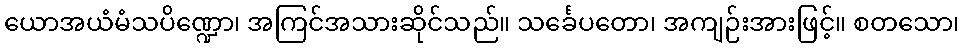
ယောအယံမံသပိဏ္ဍော၊ အကြင်အသားဆိုင်သည်။ သင်္ခေပတော၊ အကျဉ်းအားဖြင့်။ စတသော၊